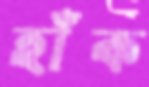
হাঁক